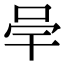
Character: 𭇖